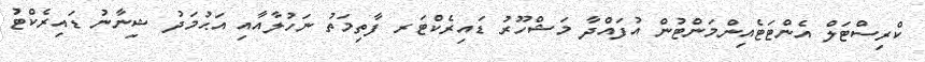
ކްރިސްޓަލް އެންޓަޓެއިންމަންޓުން އުފައްދާ މަޝްހޫރު ޑައިރެކްޓަރ ފާތިމަތު ނަހުލާއާއި އަޙުމަދު ޝިނާނު ޑައިރެކްޓު